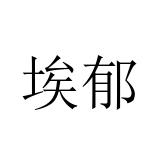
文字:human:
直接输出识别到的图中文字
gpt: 埃郁